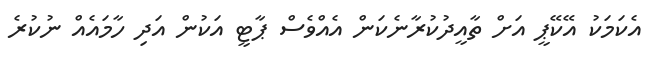
އެކަމަކު އޭކޭޕީ އަށް ތާއީދުކުރާނެކަން އެއްވެސް ޕާޓީ އަކުން އަދި ހާމައެއް ނުކުރެ